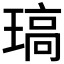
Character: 𤧼